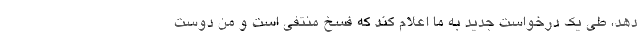
دهد، طی یک درخواست جدید به ما اعلام کند که فسخ منتفی است و من دوست